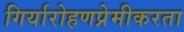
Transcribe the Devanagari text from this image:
गिर्यारोहणप्रेमीकरता